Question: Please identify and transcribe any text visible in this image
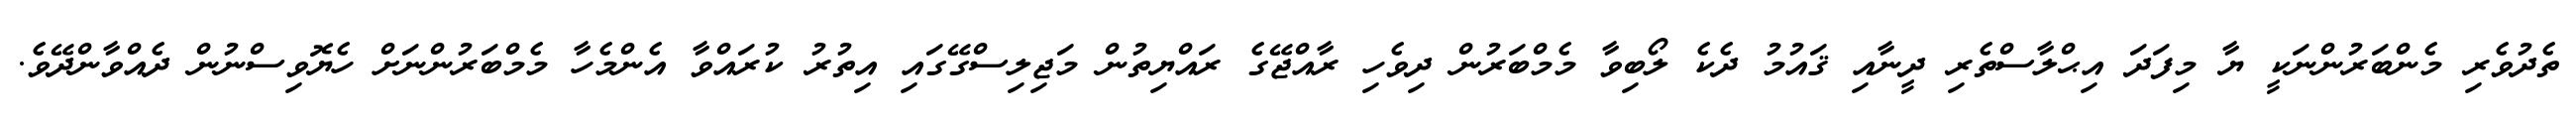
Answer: ތެދުވެރި މެންބަރުންނަކީ ޔާ މިފަދަ އިޙްލާސްތެރި ދީނާއި ޤައުމު ދެކެ ލޯބިވާ މެމްބަރުން ދިވެހި ރާއްޖޭގެ ރައްޔިތުން މަޖިލިސްގޭގައި އިތުރު ކުރައްވާ އެންމެހާ މެމްބަރުންނަށް ހެޔޮވިސްނުން ދެއްވާންދޭވެ.